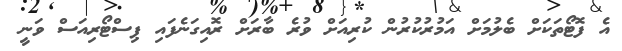
އެ ފޮޓޯތަކަށް ބެލުމަށް އަމުރުކުރުން ކުރިއަށް ވުރެ ބާރަށް ރޮއިގަނެފައި ޕިސްޓޯރިއަސް ވަނީ